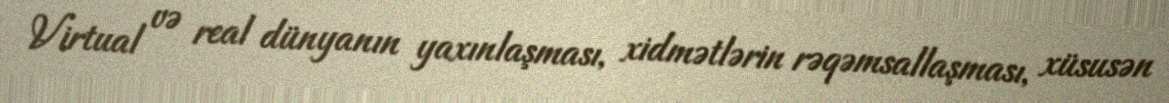
Virtual və real dünyanın yaxınlaşması, xidmətlərin rəqəmsallaşması, xüsusən